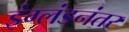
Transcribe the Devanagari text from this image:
इंग्लंडनंतर